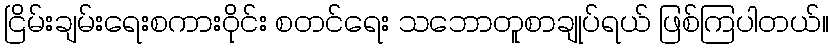
ငြိမ်းချမ်းရေးစကားဝိုင်း စတင်ရေး သဘောတူစာချုပ်ရယ် ဖြစ်ကြပါတယ်။